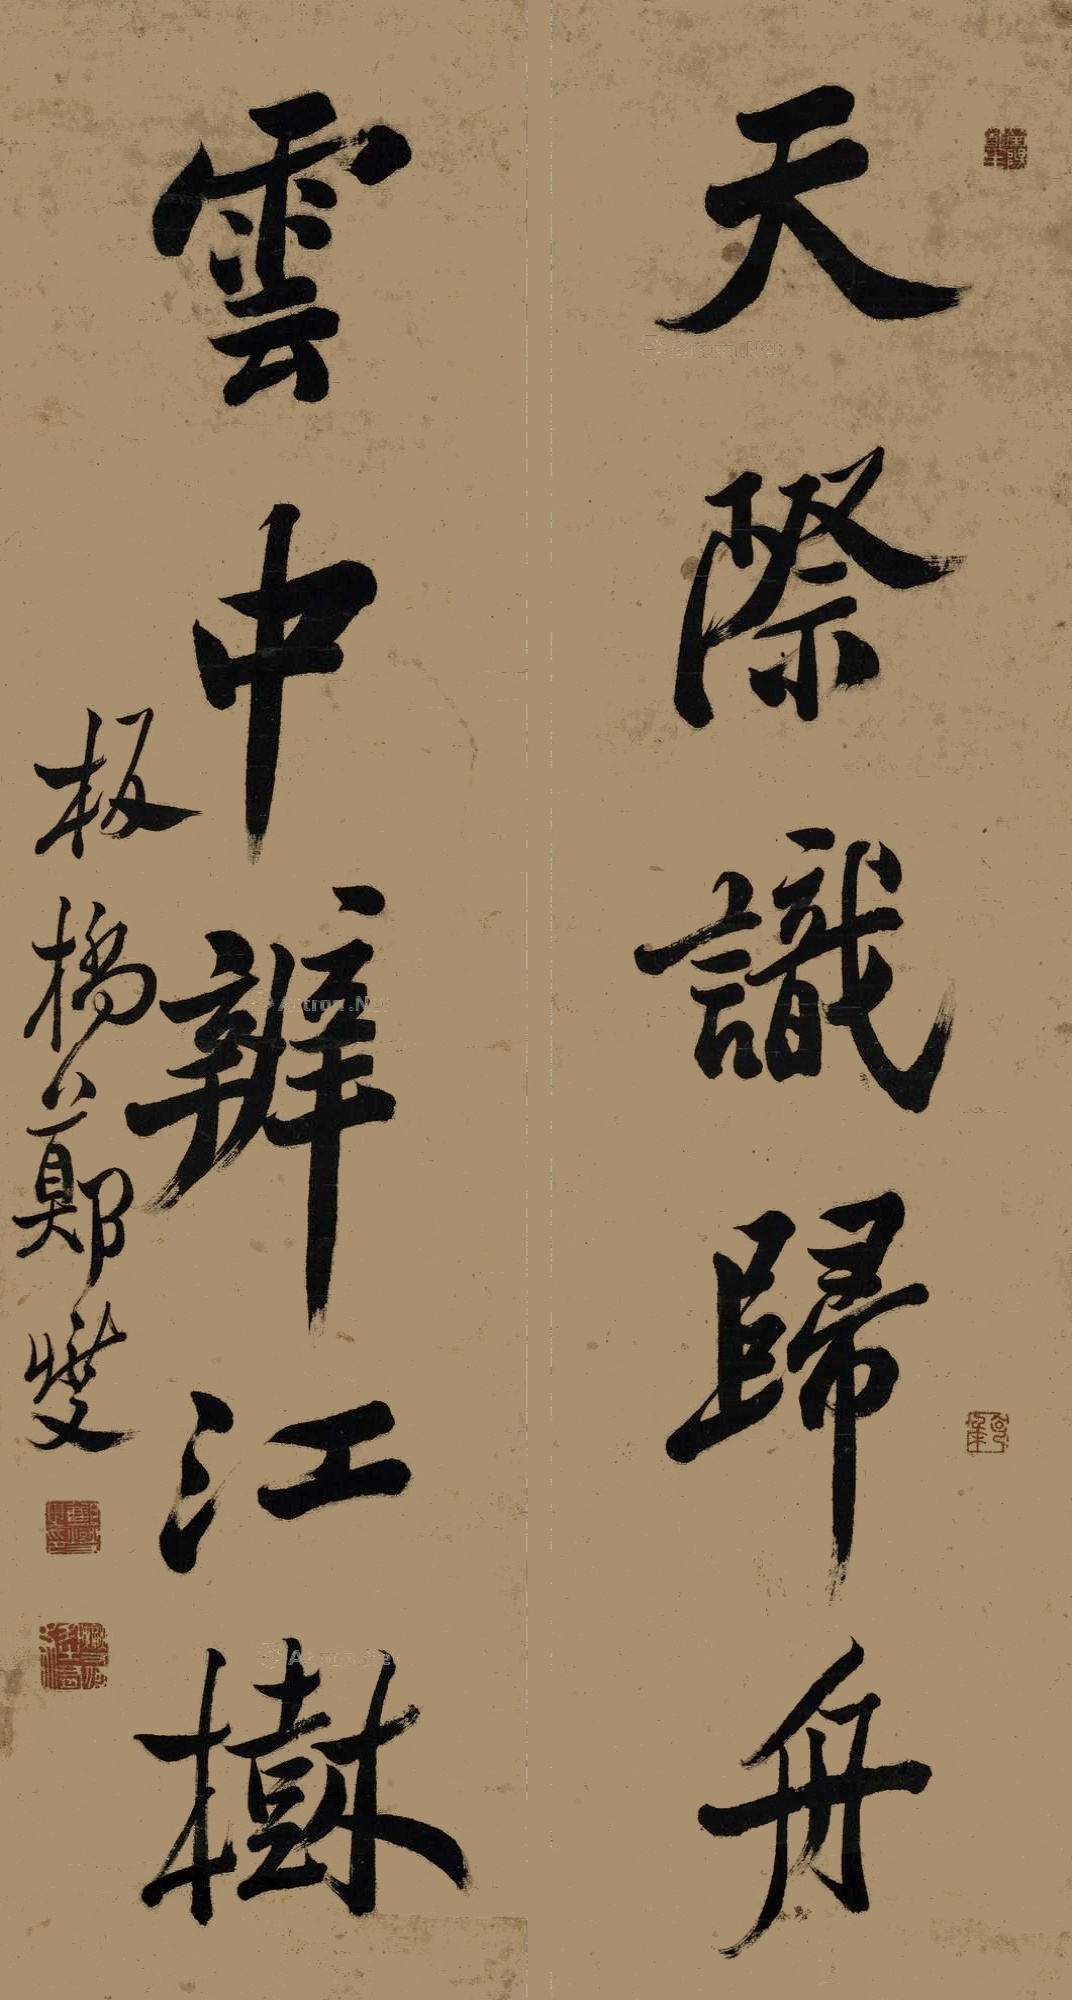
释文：天际识归舟，云中辨江树。板桥郑燮。